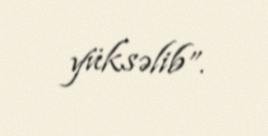
yüksəlib”.